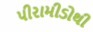
પીરામીડોથી